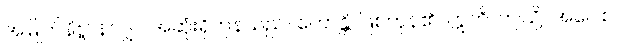
အမြိုက်နိဗ္ဗာန်လျှင် အဆုံးရှိကုန်သည်။ ဟောန္တိ၊ ဖြစ်ကုန်၏။ ဣတိ၊ ဤသို့။ အဝေါစ၊